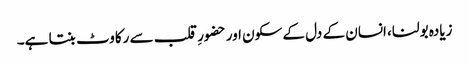
زیادہ بولنا، انسان کے دل کے سکون اور حضورِ قلب سے رکاوٹ بنتا ہے۔